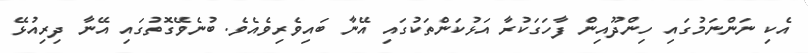
އެކި ނަންނަމުގައި ހިންދޫއިން ފާހަގަކުރާ އަޅުކަންތަކުގައި އޭނާ ބައިވެރިވެއެވެ. ބުނެވޭގޮތުގައި އޭނާ ދިރިއުޅޭ